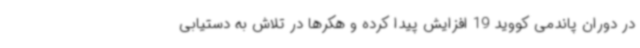
در دوران پاندمی کووید 19 افزایش پیدا کرده و هکرها در تلاش به دستیابی